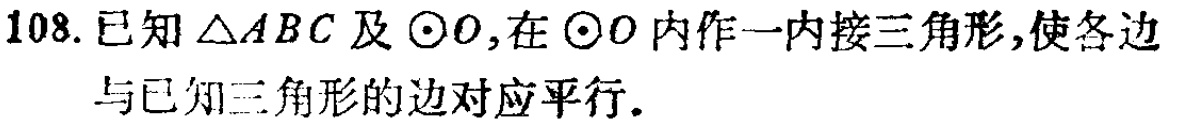
108. 已知\(\triangle ABC\)及\(\odot O\)，在\(\odot O\)内作一内接三角形，使各边与已知三角形的边对应平行.